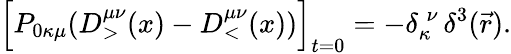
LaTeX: \Big[P_{0\kappa\mu}(D_{>}^{\mu\nu}(x)-D_{<}^{\mu\nu}(x))\Big]_{t=0}=-\delta_{\kappa}^{\; \nu}\, \delta^{3}(\vec{r}).